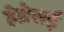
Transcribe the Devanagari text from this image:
हेब्रेसई